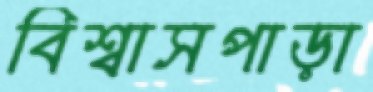
বিশ্বাসপাড়া